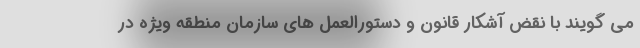
می گویند با نقض آشکار قانون و دستورالعمل های سازمان منطقه ویژه در